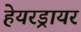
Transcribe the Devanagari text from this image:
हेयरड्रायर